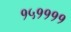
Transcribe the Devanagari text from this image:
१५११११